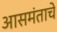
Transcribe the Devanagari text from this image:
आसमंताचे